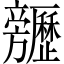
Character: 𣄬